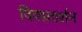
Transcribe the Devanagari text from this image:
दिक्प्रदर्शन